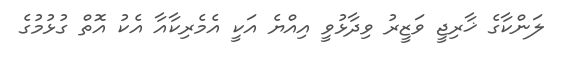
ލަންކާގެ ޚާރިޖީ ވަޒީރު ވިދާޅުވީ އިއްޔެ އަކީ އެމެރިކާއާ އެކު އޮތް ގުޅުމުގެ